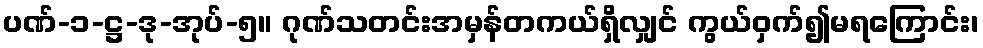
ပဏ်-၁-ဋ္ဌ-ဒု-အုပ်-၅။ ဂုဏ်သတင်းအမှန်တကယ်ရှိလျှင် ကွယ်ဝှက်၍မရကြောင်း၊